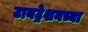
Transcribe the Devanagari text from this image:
टायट्रेशनच्या